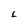
Character: L